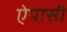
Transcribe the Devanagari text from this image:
ऐपासी